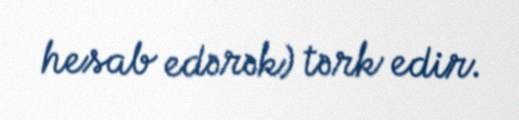
hesab edərək) tərk edir.